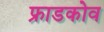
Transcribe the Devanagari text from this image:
फ्राडकोव